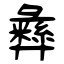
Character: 彝